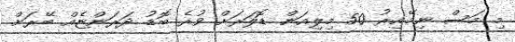
މި މަސް ނިމޭއިރު 50 މިލިއަން ޑޮލަރަށް ވުރެ ބޮޑު ދަރަންޏެއް ބޭރަށް